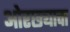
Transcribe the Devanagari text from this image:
ओरछ्याचा